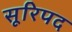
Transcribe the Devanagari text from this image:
सूरिपद